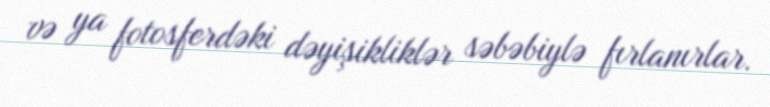
və ya fotosferdəki dəyişikliklər səbəbiylə fırlanırlar.